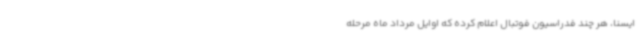
ایسنا، هر چند فدراسیون فوتبال اعلام کرده که اوایل مرداد ماه مرحله